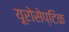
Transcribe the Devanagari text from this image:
यूरोसेप्टिक